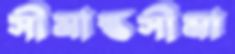
সীমান্তসীমা